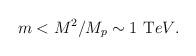
LaTeX: \begin{align*}m < {M^2/M_p} \sim 1 ~ {\mbox TeV}.\end{align*}